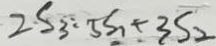
2 S _ { 3 } : 5 S _ { 1 } + 3 S _ { 2 }